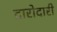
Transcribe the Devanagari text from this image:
दारोदारी